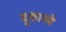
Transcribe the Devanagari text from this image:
दुशानबे